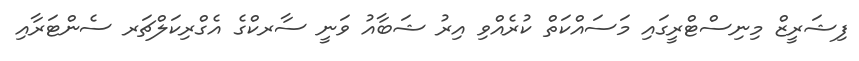
ފިޝަރީޒް މިނިސްޓްރީގައި މަސައްކަތް ކުރެއްވި އިރު ޝަބާއު ވަނީ ސާރކްގެ އެގްރިކަލްޗަރ ސެންޓަރާއި